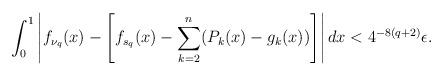
LaTeX: \begin{align*}\int_0^1\left|f_{\nu_q}(x)-\left[f_{s_q}(x)-\sum_{k=2}^n(P_k(x)-g_k(x))\right]\right|dx<4^{-8(q+2)}\epsilon.\end{align*}